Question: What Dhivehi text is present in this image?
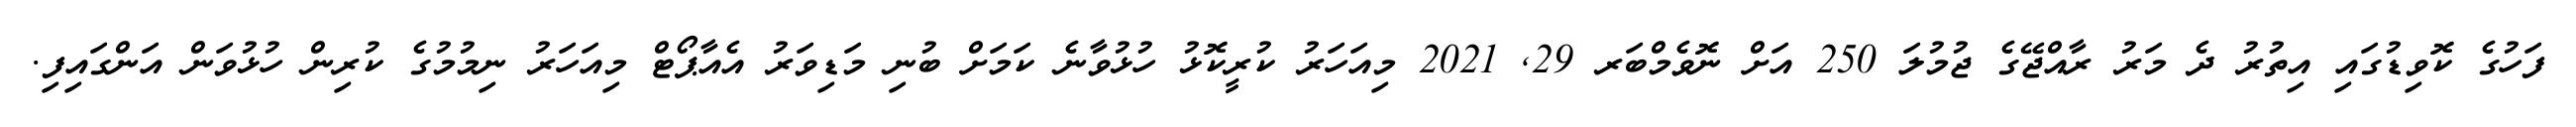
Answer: ފަހުގެ ކޮވިޑުގައި އިތުރު ދެ މަރު ރާއްޖޭގެ ޖުމުލަ 250 އަށް ނޮވެމްބަރ 29, 2021 މިއަހަރު ކުރީކޮޅު ހުޅުވާނެ ކަމަށް ބުނި މަޑިވަރު އެއާޕޯޓް މިއަހަރު ނިމުމުގެ ކުރިން ހުޅުވަން އަންގައިފި.